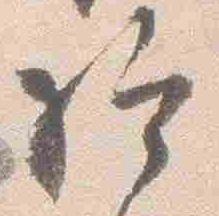
給